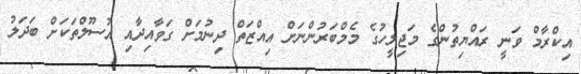
އިކްރާމް ވަނީ ރައްޔިތުންގެ މަޖިލީހުގެ މެމްބަރުންނަށް އިއްޒަތް ދިނުމަށް ގަވާއިދާއި އުސޫލްތަކަށް ބަދަލު